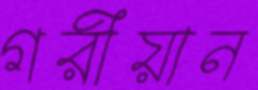
গরীয়ান